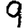
Digit: 9